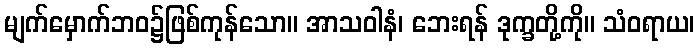
မျက်မှောက်ဘဝ၌ဖြစ်ကုန်သော။ အာသဝါနံ၊ ဘေးရန် ဒုက္ခတို့ကို။ သံဝရာယ၊